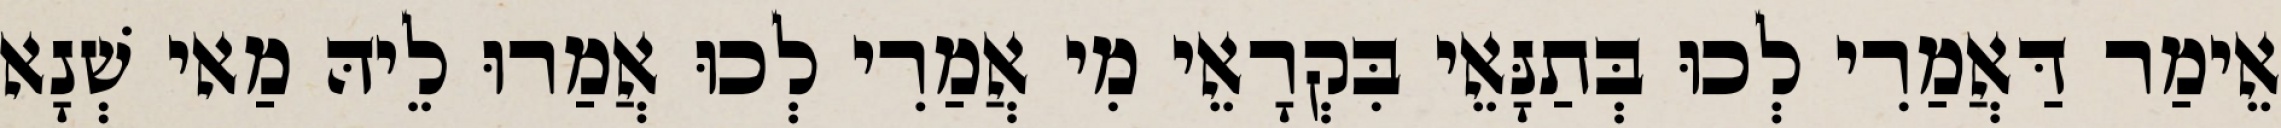
אֵימַר דַּאֲמַרִי לְכוּ בְּתַנָּאֵי בִּקְרָאֵי מִי אֲמַרִי לְכוּ אֲמַרוּ לֵיהּ מַאי שְׁנָא